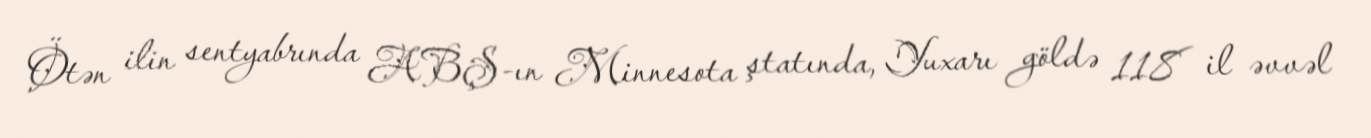
Ötən ilin sentyabrında ABŞ-ın Minnesota ştatında, Yuxarı göldə 118 il əvvəl